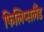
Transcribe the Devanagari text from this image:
फिलिप्सलैंड